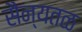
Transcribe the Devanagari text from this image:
सैन्यतळ